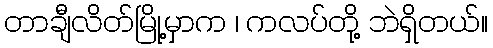
တာချီလိတ်မြို့မှာက ၊ ကလပ်တို့ ဘဲရှိတယ်။